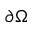
\partial \Omega